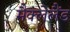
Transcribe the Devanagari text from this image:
मैक्लेलैंड